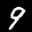
Label: 9